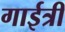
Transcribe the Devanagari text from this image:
गाईत्री